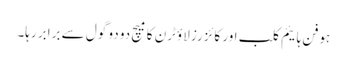
ہوفن ہائیم کلب اور کائزرز لاؤٹرن کا میچ دو دو گول سے برابر رہا۔